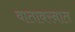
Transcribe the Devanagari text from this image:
वातावरनात